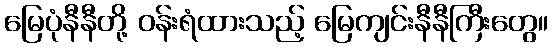
မြေပုံနီနီတို့ ဝန်းရံထားသည့် မြေကျင်းနီနီကြီးတွေ။